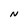
Character: N